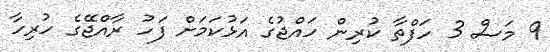
9 މަސް 3 ހަފްތާ ކުރިން ހައްޖުގެ އަޅުކަމަށް ފަހު ރާއްޖޭގެ ހުރިހާ